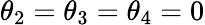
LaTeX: \theta_{2}=\theta_{3}=\theta_{4}=0